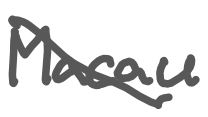
Text: Macau
Cross-out: diagonal
Writing tool: digital_gray